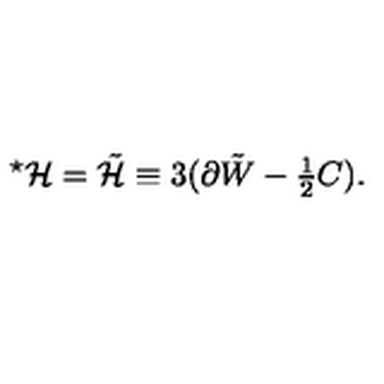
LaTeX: { } ^ { \star } { \cal H } = \tilde { \cal H } \equiv 3 ( \partial \tilde { W } - { \textstyle \frac { 1 } { 2 } } C ) .